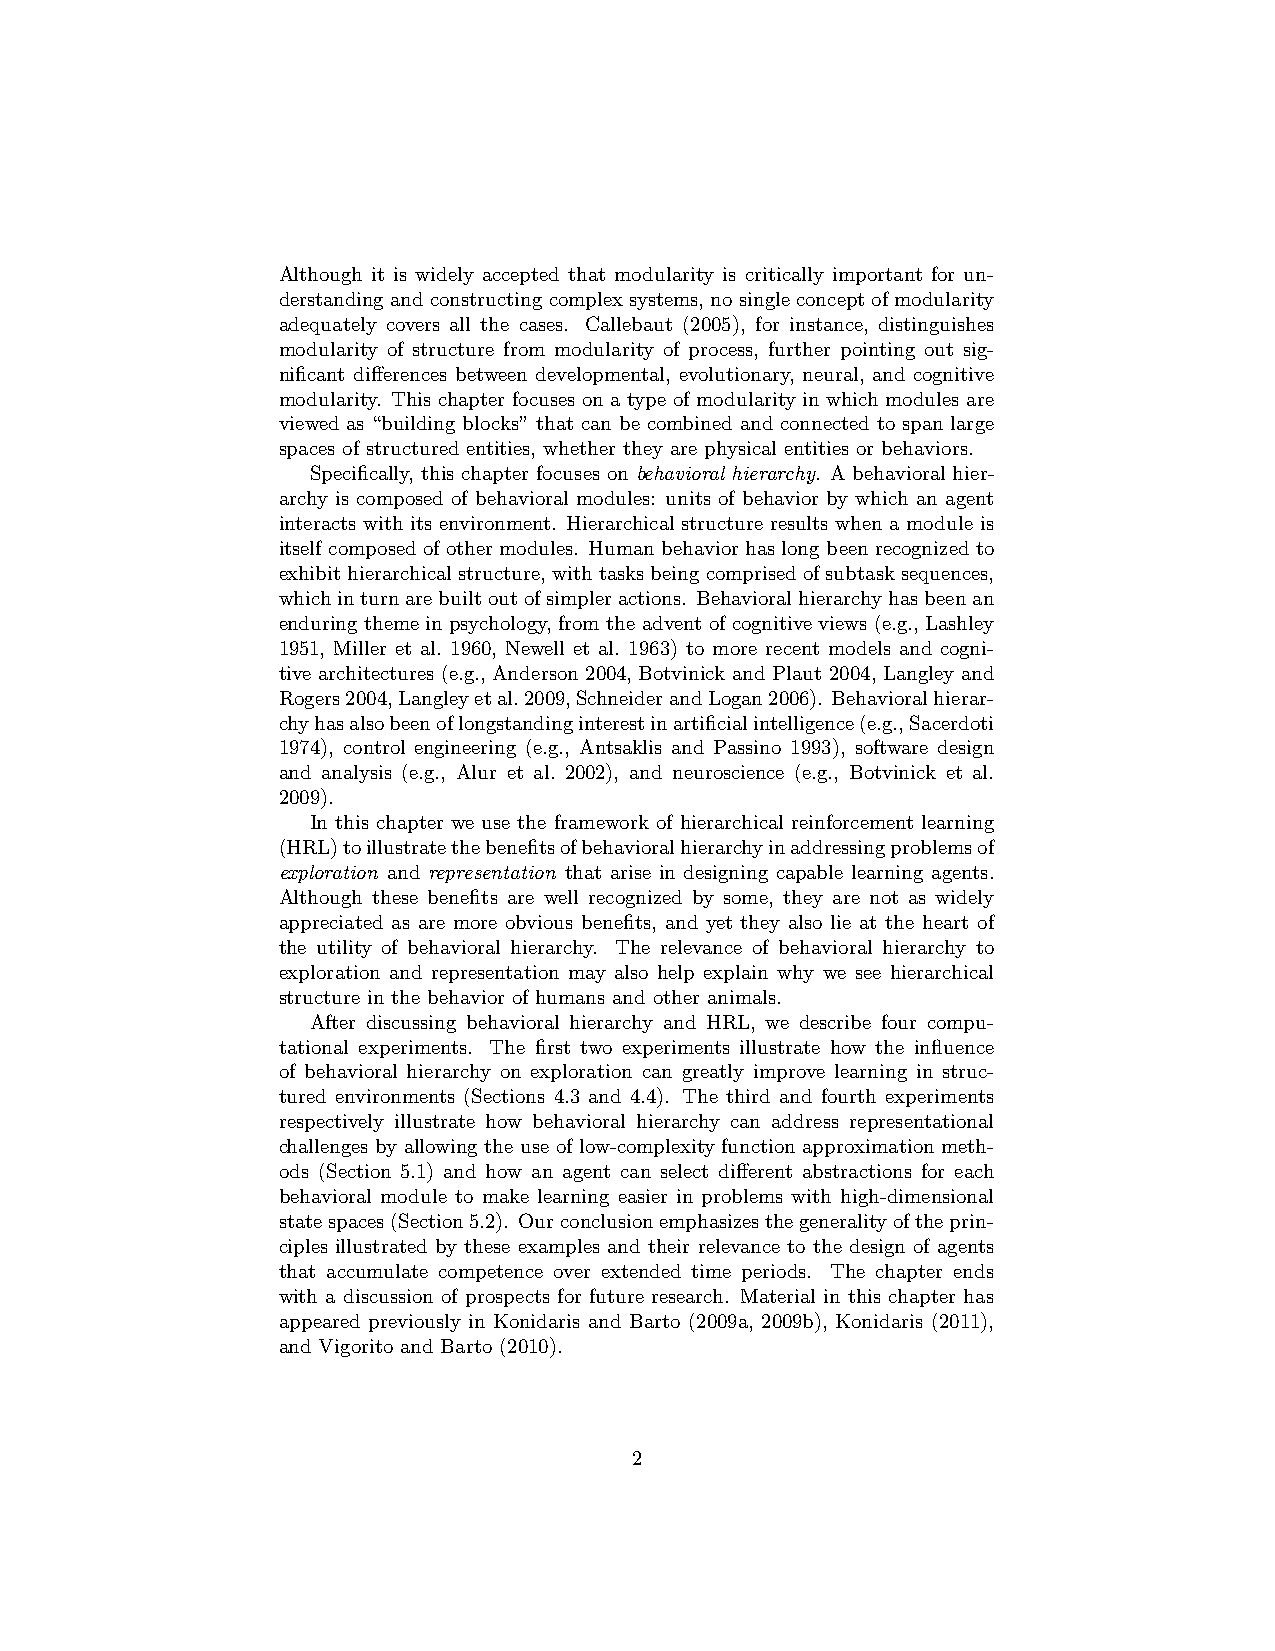
Although it is widely accepted that modularity is critically important for un-
 derstandingandconstructingcomplexsystems, nosingleconceptofmodularity
 adequately covers all the cases. Callebaut (2005), for instance, distinguishes
 modularity of structure from modularity of process, further pointing out sig-
 nificant differences between developmental, evolutionary, neural, and cognitive
 modularity. This chapter focuses on a type of modularity in which modules are
 viewed as “building blocks” that can be combined and connected to span large
 spaces of structured entities, whether they are physical entities or behaviors.
 Specifically, this chapter focuses on behavioral hierarchy. A behavioral hier-
 archy is composed of behavioral modules: units of behavior by which an agent
 interacts with its environment. Hierarchical structure results when a module is
 itself composed of other modules. Human behavior has long been recognized to
 exhibithierarchicalstructure, withtasksbeingcomprisedofsubtasksequences,
 whichinturnarebuiltoutofsimpleractions. Behavioralhierarchyhasbeenan
 enduringthemeinpsychology, from theadventofcognitive views(e.g., Lashley
 1951, Miller et al. 1960, Newell et al. 1963) to more recent models and cogni-
 tive architectures (e.g., Anderson 2004, Botvinick and Plaut 2004, Langley and
 Rogers2004,Langleyetal.2009,SchneiderandLogan2006). Behavioralhierar-
 chyhasalsobeenoflongstandinginterestinartificialintelligence(e.g.,Sacerdoti
 1974), control engineering (e.g., Antsaklis and Passino 1993), software design
 and analysis (e.g., Alur et al. 2002), and neuroscience (e.g., Botvinick et al.
 2009).
 In this chapter we use the framework of hierarchical reinforcement learning
 (HRL)toillustratethebenefitsofbehavioralhierarchyinaddressingproblemsof
 exploration and representation that arise in designing capable learning agents.
 Although these benefits are well recognized by some, they are not as widely
 appreciated as are more obvious benefits, and yet they also lie at the heart of
 the utility of behavioral hierarchy. The relevance of behavioral hierarchy to
 exploration and representation may also help explain why we see hierarchical
 structure in the behavior of humans and other animals.
 After discussing behavioral hierarchy and HRL, we describe four compu-
 tational experiments. The first two experiments illustrate how the influence
 of behavioral hierarchy on exploration can greatly improve learning in struc-
 tured environments (Sections 4.3 and 4.4). The third and fourth experiments
 respectively illustrate how behavioral hierarchy can address representational
 challenges by allowing the use of low-complexity function approximation meth-
 ods (Section 5.1) and how an agent can select different abstractions for each
 behavioral module to make learning easier in problems with high-dimensional
 statespaces(Section5.2). Ourconclusionemphasizesthegeneralityoftheprin-
 ciples illustrated by these examples and their relevance to the design of agents
 that accumulate competence over extended time periods. The chapter ends
 with a discussion of prospects for future research. Material in this chapter has
 appeared previously in Konidaris and Barto (2009a, 2009b), Konidaris (2011),
 and Vigorito and Barto (2010).
 2